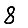
Digit: 8